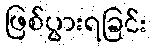
ဖြစ်ပွားရခြင်း